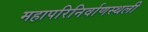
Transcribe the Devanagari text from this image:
महापरिनिर्वाणस्थली